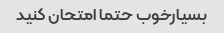
بسیارخوب حتما امتحان کنید